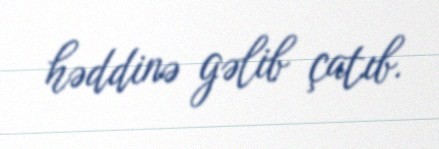
həddinə gəlib çatıb.